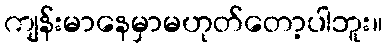
ကျန်းမာနေမှာမဟုတ်တော့ပါဘူး။